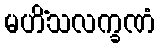
မဟိံသလက္ခဏံ